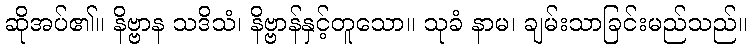
ဆိုအပ်၏။ နိဗ္ဗာန သဒိသံ၊ နိဗ္ဗာန်နှင့်တူသော။ သုခံ နာမ၊ ချမ်းသာခြင်းမည်သည်။